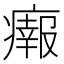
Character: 𤺴